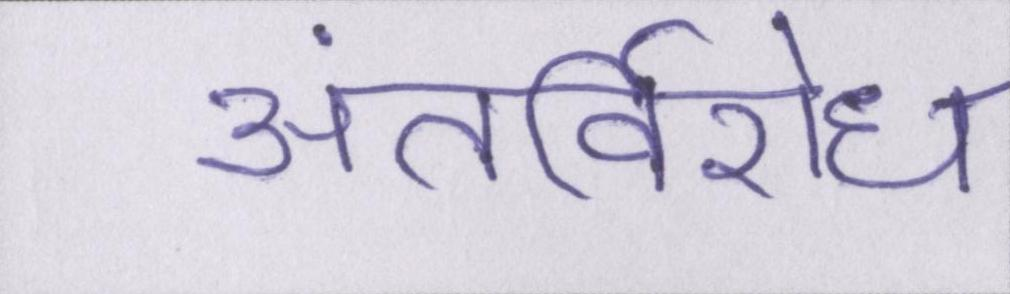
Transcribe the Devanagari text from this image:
अंतर्विरोध